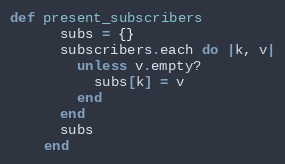
Language: Ruby
def present_subscribers
      subs = {}
      subscribers.each do |k, v|
        unless v.empty?
          subs[k] = v
        end
      end
      subs
    end